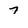
Character: 7